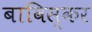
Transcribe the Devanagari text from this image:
बाविस्कर